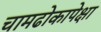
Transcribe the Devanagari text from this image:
चामढोकापेक्षा